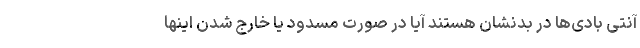
آنتی بادی‌ها در بدنشان هستند آیا در صورت مسدود یا خارج شدن اینها